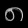
Digit: ၈